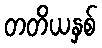
တတိယနှစ်